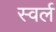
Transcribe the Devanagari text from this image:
स्वर्ल